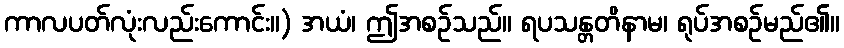
ကာလပတ်လုံးလည်းကောင်း။) အယံ၊ ဤအစဉ်သည်။ ရပသန္တတိနာမ၊ ရုပ်အစဉ်မည်၏။